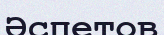
Әспетов